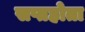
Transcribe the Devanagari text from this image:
सप्तहोता